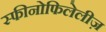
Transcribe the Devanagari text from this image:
स्फीनोफिलेलीज़